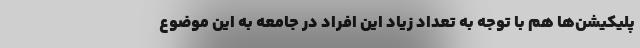
پلیکیشن‌ها هم با توجه به تعداد زیاد این افراد در جامعه به این موضوع